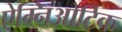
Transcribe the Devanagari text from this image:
ऐम्निओटिक